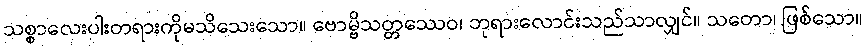
သစ္စာလေးပါးတရားကိုမသိသေးသော။ ဗောမ္ဗိသတ္တဿေဝ၊ ဘုရားလောင်းသည်သာလျှင်။ သတော၊ ဖြစ်သော။